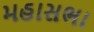
મહાસભા